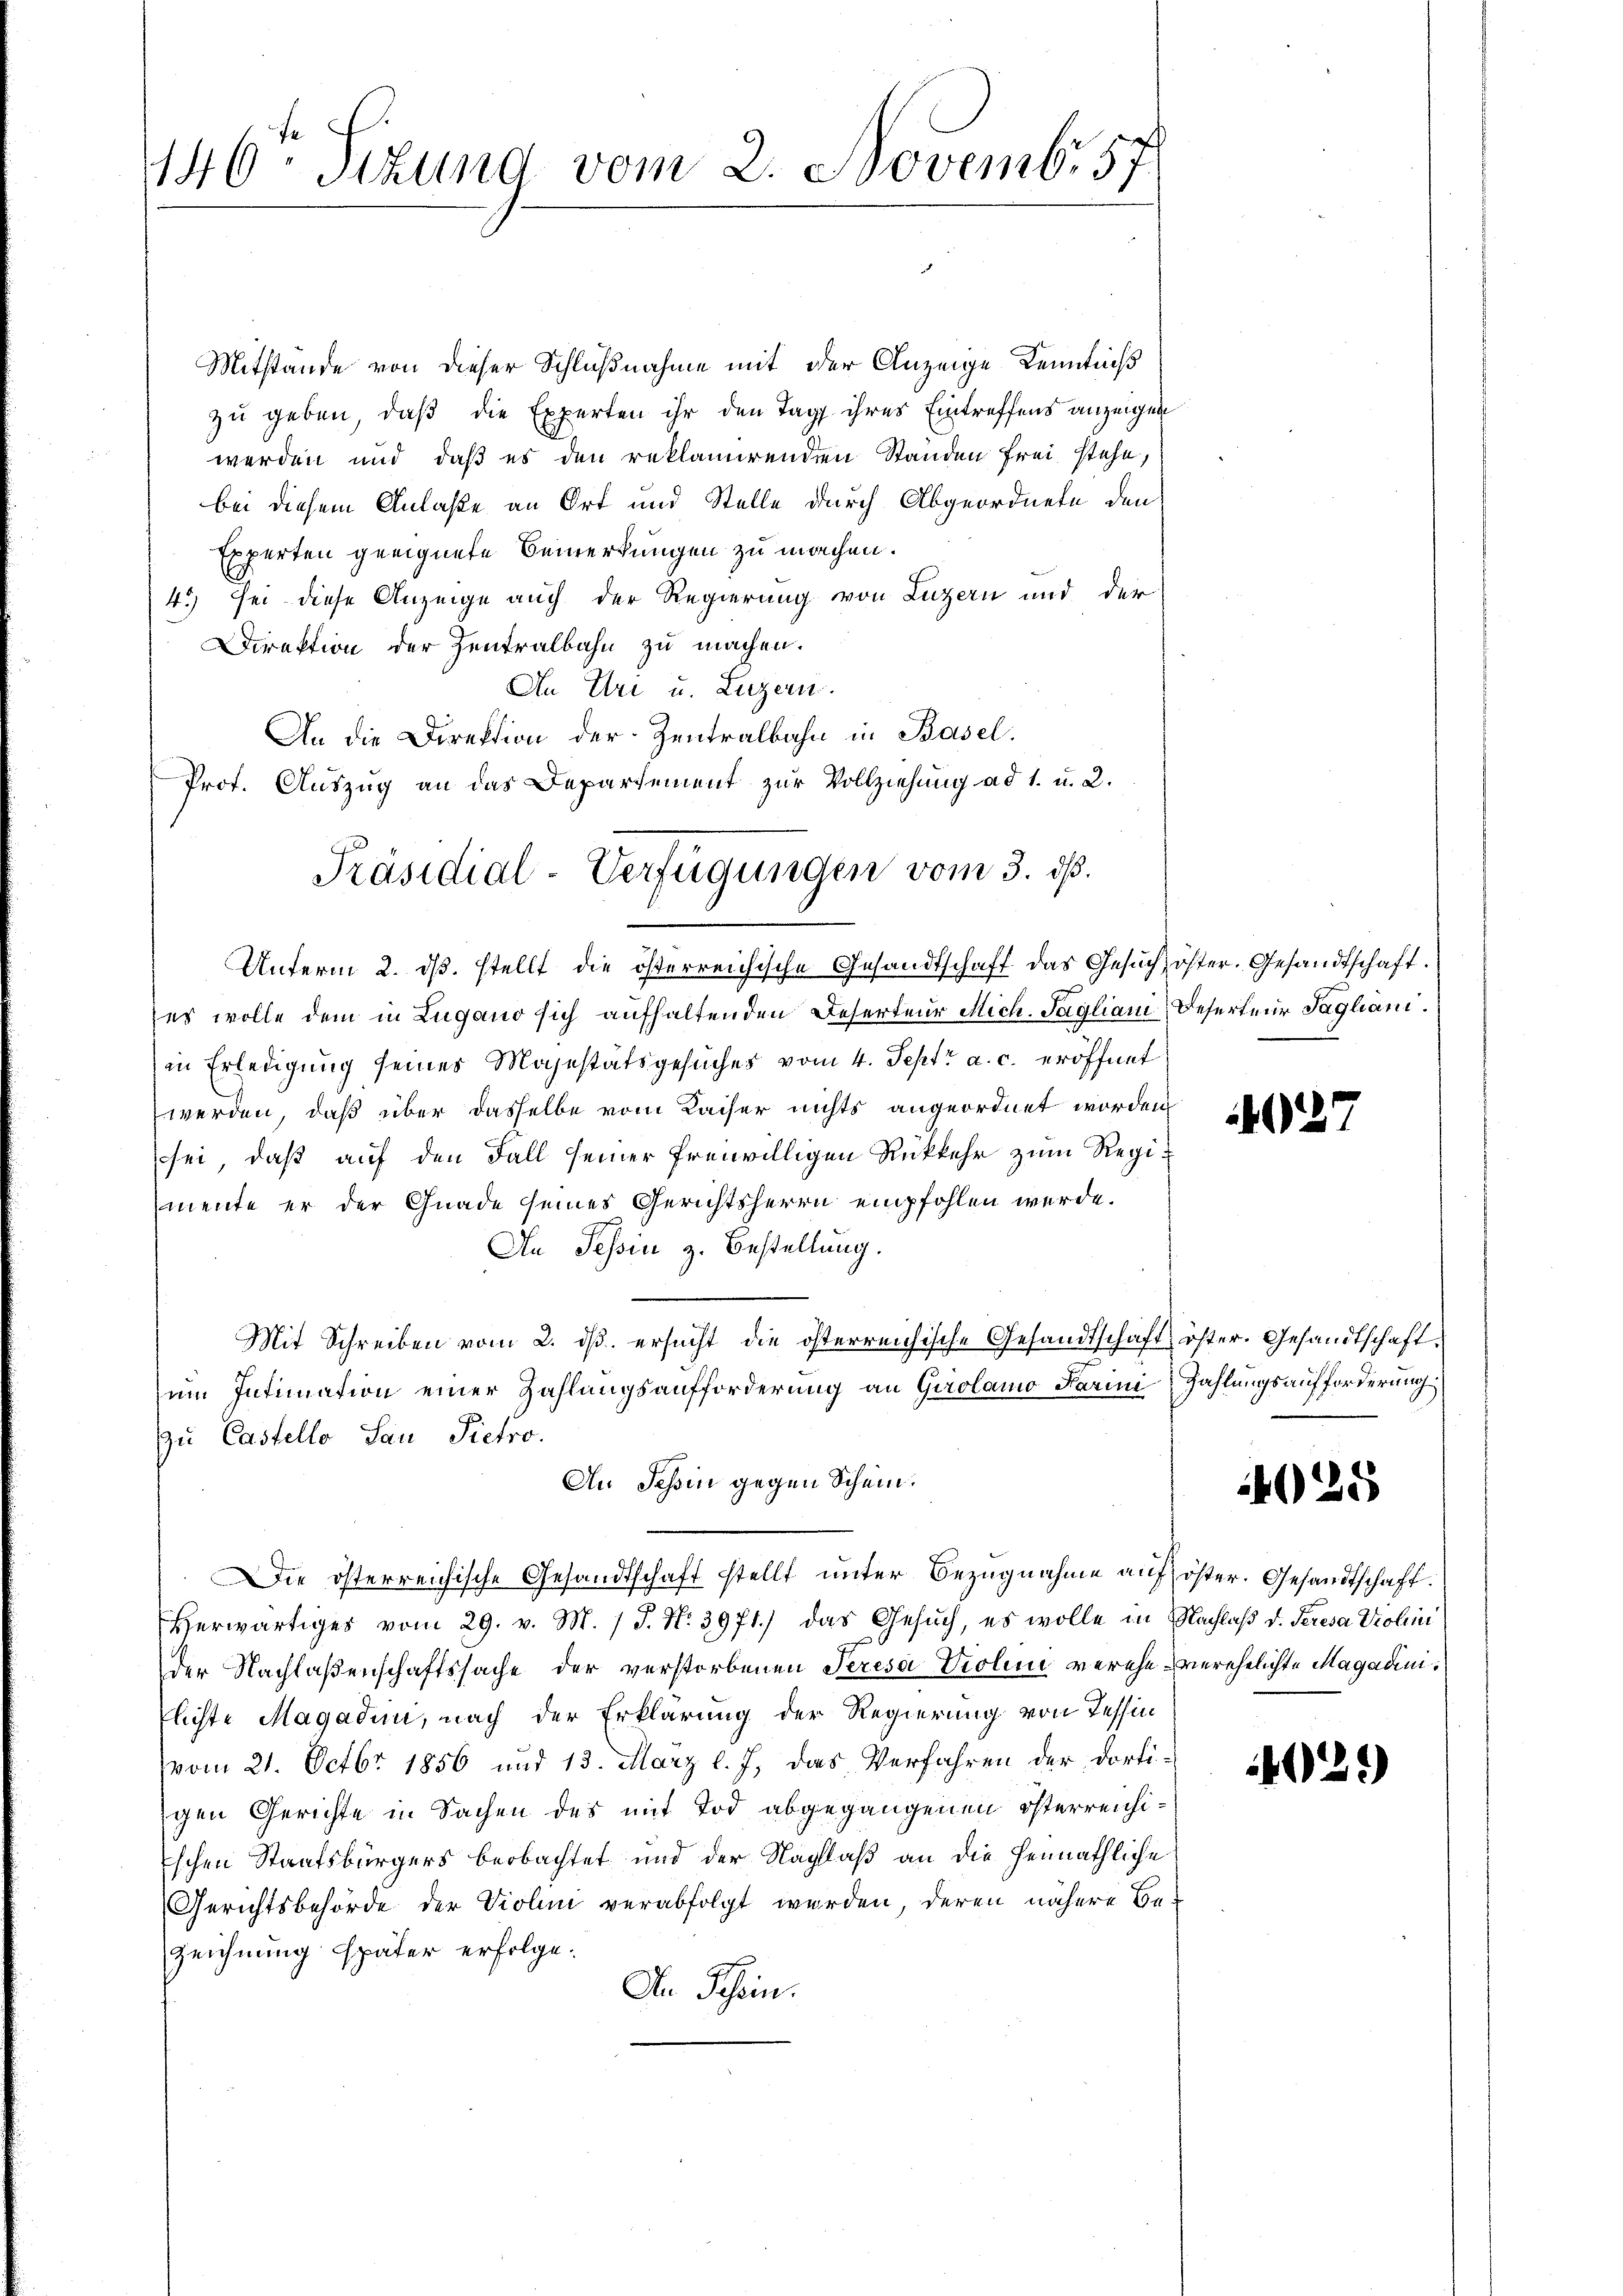
146. Stund vom 2. Novemb. 57

Mitstande von dieser Schlußnahme mit der Anzeige Kenntniß
zu geben, daß die Experten ihr den Tag ihres Eintreffens anzeigen
werden und daß es den reklamirenden Standen frei stehe,
bei diesem Anlaße an Ort und Stelle durch Abgeordnete den
Experten geeignete Bemerkungen zu machen.
4.) Sei diese Anzeige auch der Regierung von Luzern und der
Direktion der Zentralbahn zu machen.
An Uri u. Luzern.
An die Direktion der Zentralbahn in Basel.
Prof. Auszug an das Departement zur Vollziehung ad 1. u. 2.
Unterm 2. ds. stellt die österreichische Gesandtschaft das Gesuch öfter. Gesandtschaft.
es wolle dem in Lugano sich aufhaltenden Reserteur Mich. Tagliani, Reserteur Tagliani.
in Erledigung seines Majestätsgesuches vom 4. Sept. a. c. eröffnet
werden, daß über dasselbe vom Kaiser nichts angeordnet worden
sei, daß auf den Fall seiner freiwilligen Rükkehr zum Regimente er der Gnade seines Gerichtsherrn empfohlen werde.
An Tessin z. Bestellung.
Mit Schreiben vom 2. dβ. ersucht die österreichische Gesandtschaft öster. Gesandtschaftum Intimation einer Zahlungsaufforderung an Girolamo darini Zahlungsaufforderung
zu Castello San Pietro
An Tessin gegen Schein.
Die österreichische Gesandtschaft stellt unter Bezugnahme auf öster. Gesandtschaft.
Herwärtiges vom 29. v. M. J. N. 3971.) das Gesuch, es wolle in Nachlaß v. Seresa Trolin
der Nachlaßenschaftssache der verstorbenen Teresa Violine verehe verehelichte Magadiniflichte Magadin, nach der Erklärung der Regierung von Tessin
vom 21. Octbr. 1856 und 13. März l. J., das Verfahren der dorti-
gen Gerichte in Sachen des mit Tod abgegangenen österreichischen Staatsbürgers beobachtet und der Nachlaß an die heimathliche
Gerichtsbehörde der Violini verabfolgt werden, deren nähere Be-
Zeichnung später erfolge.
An Schein.

Präsidial-Verfügungen vom 3. dß.

027

28

42.)